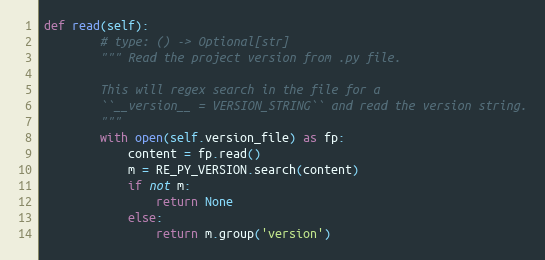
Language: Python
def read(self):
        # type: () -> Optional[str]
        """ Read the project version from .py file.

        This will regex search in the file for a
        ``__version__ = VERSION_STRING`` and read the version string.
        """
        with open(self.version_file) as fp:
            content = fp.read()
            m = RE_PY_VERSION.search(content)
            if not m:
                return None
            else:
                return m.group('version')